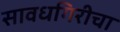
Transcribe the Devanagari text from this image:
सावधगिरीचा